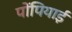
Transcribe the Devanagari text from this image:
पोंपियाईं